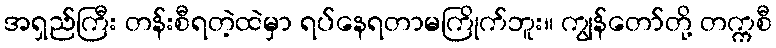
အရှည်ကြီး တန်းစီရတဲ့ထဲမှာ ရပ်နေရတာမကြိုက်ဘူး။ ကျွန်တော်တို့ တက္ကစီ